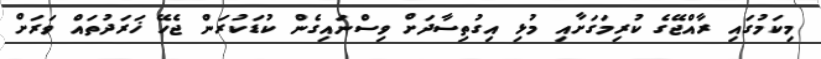
މިކަމުގައި ރާއްޖޭގެ ކުރިމަގަށާއި މުޅި އިގުތިސާދަށް ވިސްނައިގެން ކުޑަކުރަން ޖެހޭ ޚަރަދުތައް ވަރަށް